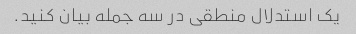
یک استدلال منطقی در سه جمله بیان کنید.